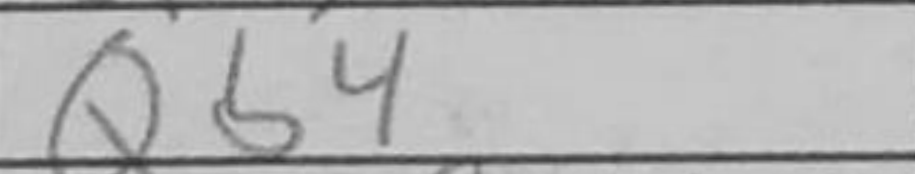
Transcription: Qb4